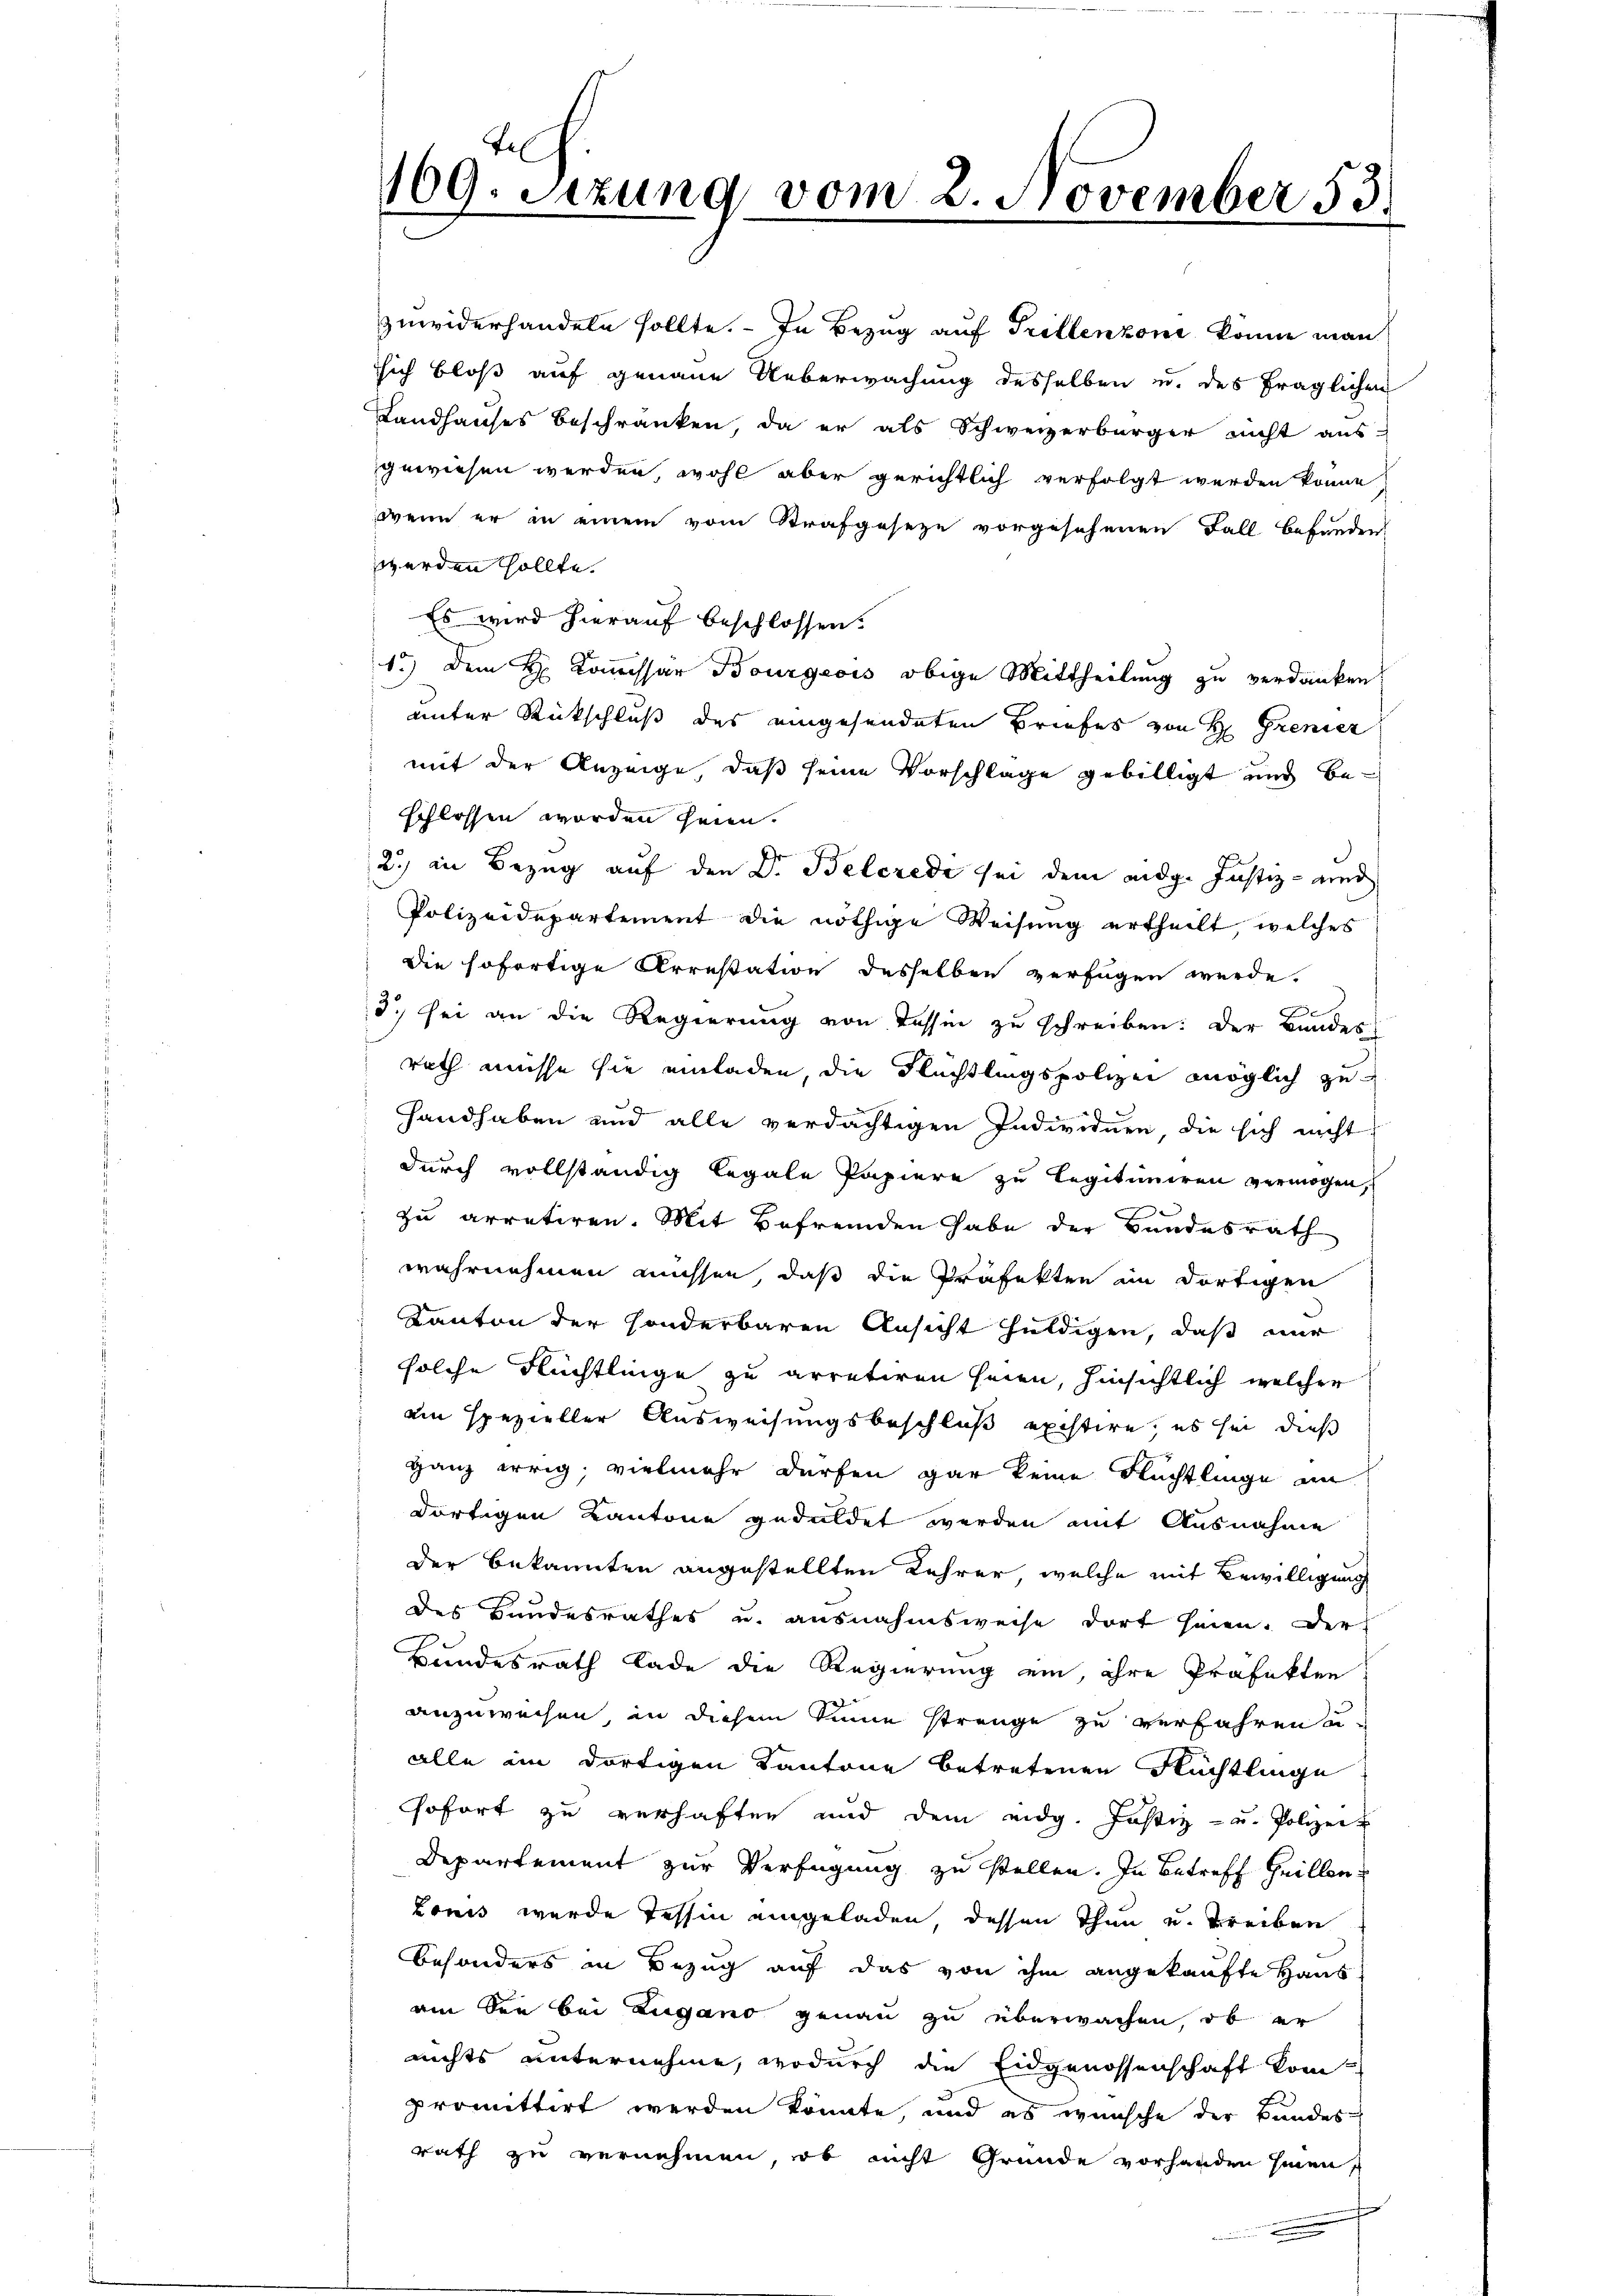
zuwiderhandeln sollte. - In Bezug auf Trillenzone könne man
sich bloß auf genaue Ueberwachung desselben u. des fraglichen
Landhauses beschränken, da er als Schweizerbürger nicht aus-
gewiesen werden, wohl aber gerichtlich verfolgt werden könne
wenn er in einem vom Strafgeseze vorgesehenen Fall befunden,
werden sollte.
Es wird hierauf beschlossen.
1.) Dem H. Commissär Bourgeois obige Mittheilung zu verdanken
unter Rückschluß des eingesendeten Briefes von H. Gremier
mit der Anzeige, daß seine Vorschlage gebilligt und beschlossen worden seien.
2) in Bezug auf den Dr. Belcrede sei dem eidg. Justiz- und
Polizeidepartement die nöthige Weisung ertheilt, welches
die sofortige Arrestation desselben verfügen werde.
e
d. sei an die Regierung von Tessin zu schreiben: Der Bundes
rath müsse sie einladen, die Flüchtlingspolizei möglich zu
Handhaben und alle verdächtigen Individuen, die sich nicht
durch vollständig legale Papiere zu legitimiren vermögen,
zu arretiren. Mit Befremden habe der Bundesrath
wahrnehmen müssen, daß die Präfekten im dortigen
Kanton der sonderbaren Ansicht huldigen, daß mir
solche Flüchtlinge zu arretiren seien, hinsichtlich welcher
am spezieller Ausweisungsbeschluß existire, es sei, dieß
ganz irrig, vielmehr dürfen gar keine Flüchtlinge an
dortigen Kantone geduldet werden mit Ausnahme
der Bekannten angestellten Lehrer, welche mit Bewilligung
des Bundesrathes u. ausnahmsweise dort seien. Der
Bundesrath Lade die Regierung ein, ihre Präfekten
anzuweisen, in diesem Sinne strenge zu verfahren u.
alle im dortigen Kantone betretenen Flüchtlinge
sofort zu verhaften und dem eidg. Justiz- u. Polizei
Departement zur Verfügung zu stellen. In Betreff Heillen¬
Lonis wurde Tessin eingeladen, dessen Thun und treiben
besonders in Bezug auf das von ihm angekaufte Haus
am den bei Lugano genau zu überwachen, ob er
nichts unternehme, wodurch die Eidgenossenschaft kompromittirt werden könnte, und es wünsche der Bandes
rath zu vernehmen, ob nicht Gründe vorhanden hinen,

109. Setzung vom 2. November 53.